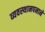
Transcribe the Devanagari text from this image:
व्यवस्थानपनाने